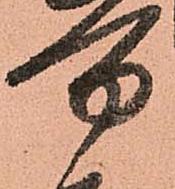
万